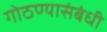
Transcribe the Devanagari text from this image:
गोठण्यासंबंधी